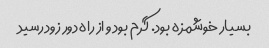
بسیار خوشمزه بود. گرم بود و از راه دور زود رسید